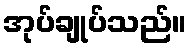
အုပ်ချုပ်သည်။